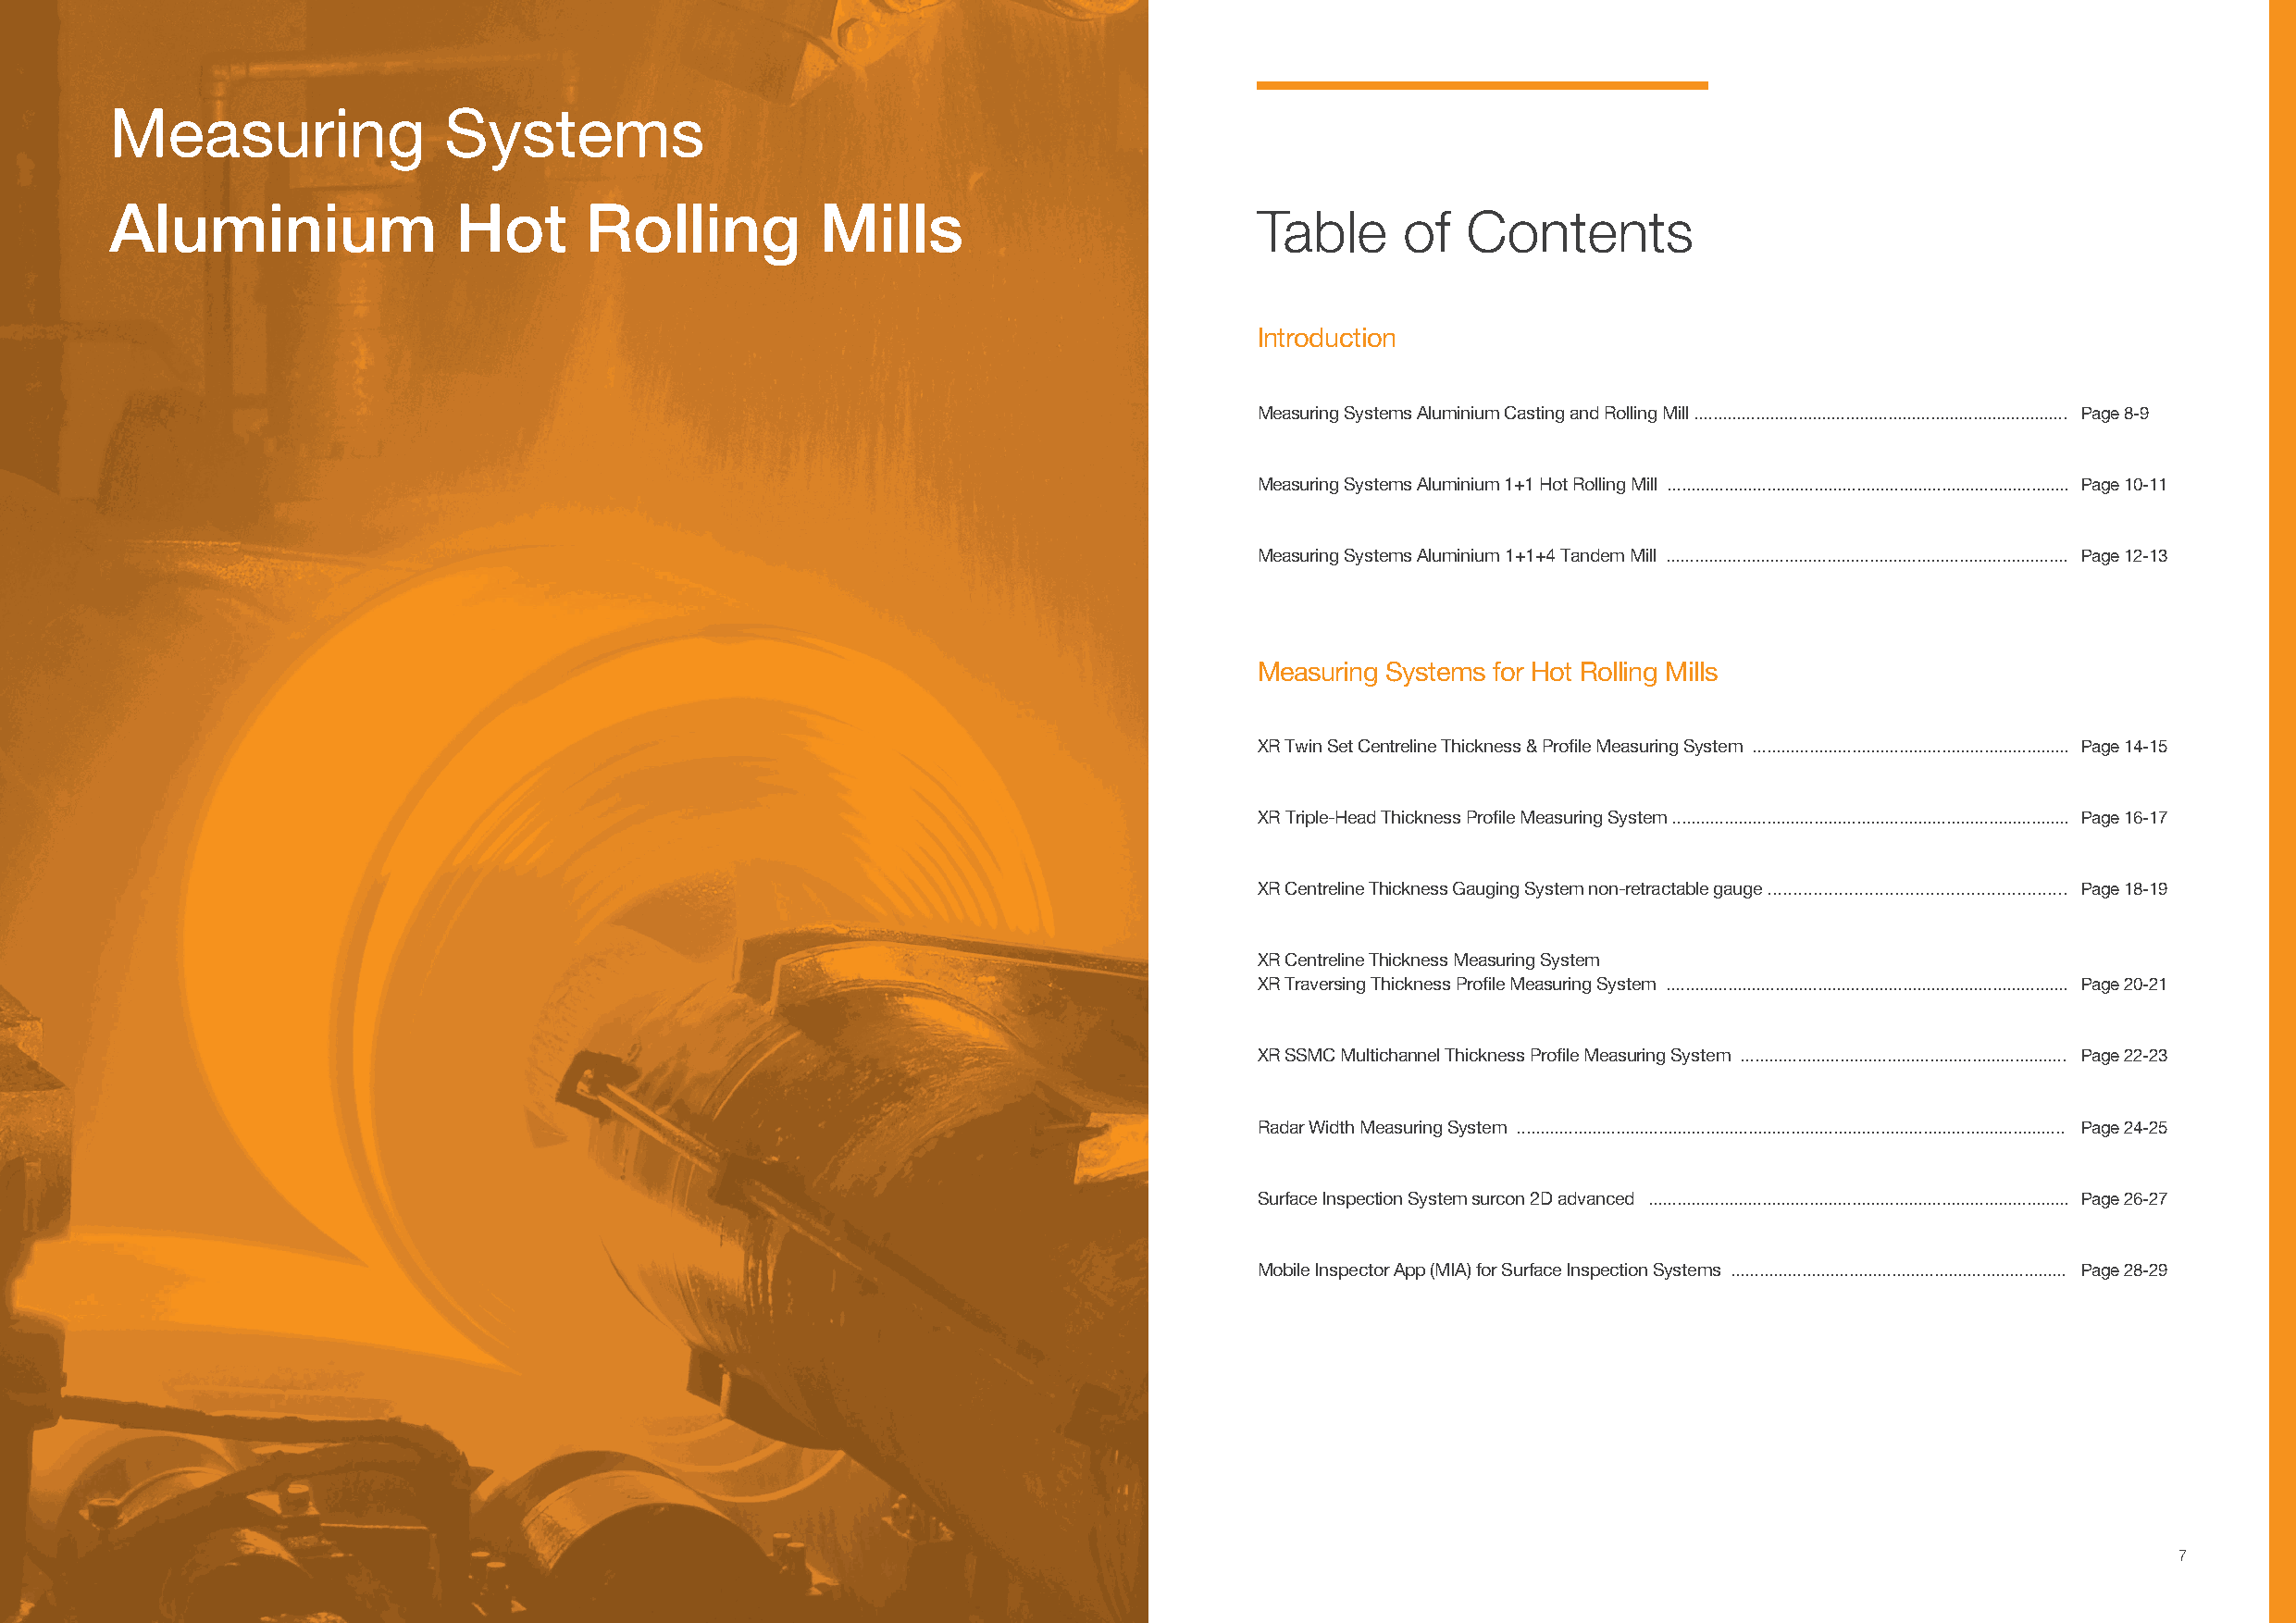
Measuring               Systems
 Aluminium                Hot      Rolling          Mills
 Table     of   Contents
 Introduction
 Measuring Systems Aluminium Casting and Rolling Mill ............................................................................... Page 8-9
 Measuring Systems Aluminium 1+1 Hot Rolling Mill ..................................................................................... Page 10-11
 Measuring Systems Aluminium 1+1+4 Tandem Mill ..................................................................................... Page 12-13
 Measuring Systems for Hot Rolling Mills
 XR Twin Set Centreline Thickness & Profi le Measuring System ................................................................... Page 14-15
 XR Triple-Head Thickness Profi le Measuring System .................................................................................... Page 16-17
 XR Centreline Thickness Gauging System non-retractable gauge ........................................................... Page 18-19
 XR Centreline Thickness Measuring System
 XR Traversing Thickness Profi le Measuring System ..................................................................................... Page 20-21
 XR SSMC Multichannel Thickness Profi le Measuring System ..................................................................... Page 22-23
 Radar Width Measuring System .................................................................................................................... Page 24-25
 Surface Inspection System surcon 2D advanced ......................................................................................... Page 26-27
 Mobile Inspector App (MIA) for Surface Inspection Systems ....................................................................... Page 28-29
 7